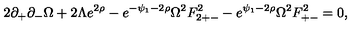
2 \partial _ { + } \partial _ { - } \Omega + 2 \Lambda e ^ { 2 \rho } - e ^ { - \psi _ { 1 } - 2 \rho } \Omega ^ { 2 } F _ { 2 + - } ^ { 2 } - e ^ { \psi _ { 1 } - 2 \rho } \Omega ^ { 2 } F _ { + - } ^ { 2 } = 0 ,